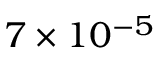
7 \times 1 0 ^ { - 5 }